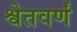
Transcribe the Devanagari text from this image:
श्वेतवर्णं